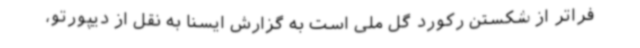
فراتر از شکستن رکورد گل ملی است به گزارش ایسنا به نقل از دیپورتو،